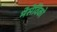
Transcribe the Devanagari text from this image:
मेंसेविको